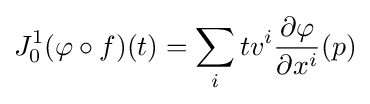
J_{0}^{1}(\varphi \circ f)(t)=\sum _{i}tv^{i}{\frac {\partial \varphi }{\partial x^{i}}}(p)